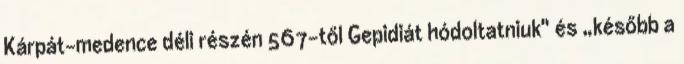
Kárpát-medence déli részén 567-től Gepidiát hódoltatniuk" és „később a